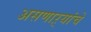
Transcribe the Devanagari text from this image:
असणाऱ्यांचे